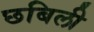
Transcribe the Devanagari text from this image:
छबिली